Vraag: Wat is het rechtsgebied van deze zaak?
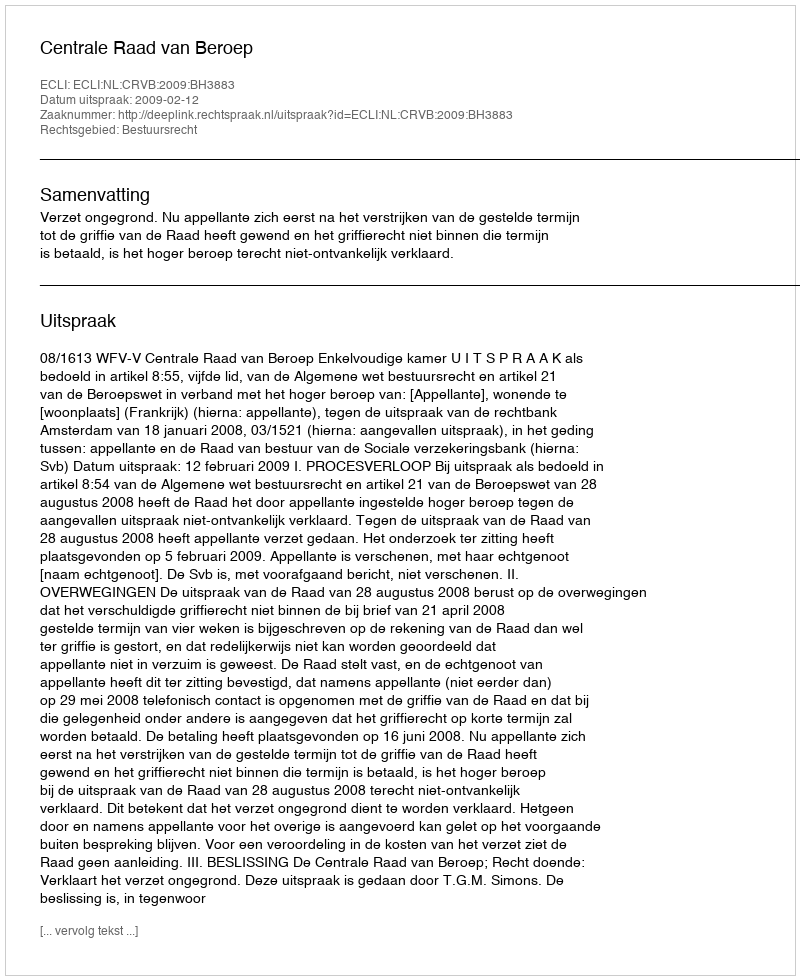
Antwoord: Bestuursrecht